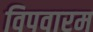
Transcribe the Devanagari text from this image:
विपवारम